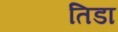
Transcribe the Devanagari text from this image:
तिडा